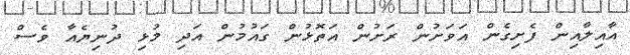
އާއިލާއިން ފެށިގެން އަވަށުން ރަށުން އަތޮޅުން ގައުމުން އަދި މުޅި ދުނިޔެއާ ވެސް